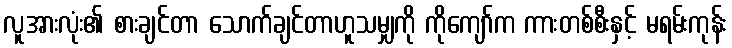
လူအားလုံး၏ စားချင်တာ သောက်ချင်တာဟူသမျှကို ကိုကျော်က ကားတစ်စီးနှင့် မရမ်းကုန်း